Report on sanitation, dispensaries, and jails in Rajputana for 1911, and on vaccination for the year 1911-1912 - 1911-1912
Year: 1911
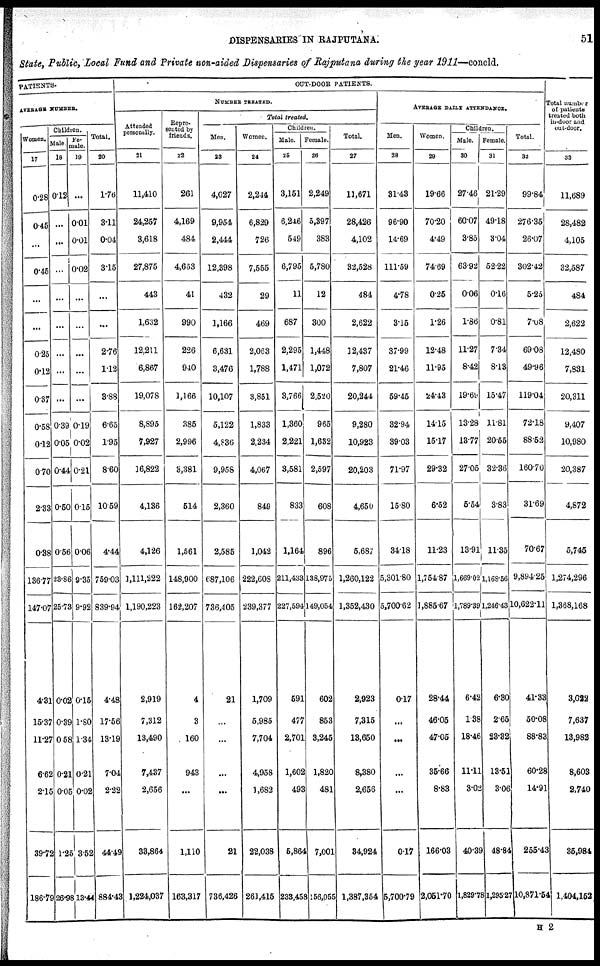
DISPENSARIES IN RAJPUTANA.
51
State, Public, Local Fund and Private non-aided Dispensaries of Rajputana during the year 1911—concld.
PATIENTS.
AVERAGE NUMBER.
Women.
17
0.28
0.45
...
0.45
...
...
0.25
0.12
0.37
0.58
0.12
0.70
2.33
0.38
136.77
147.07
4.31
15.37
11.27
6.62
2.15
39.72
186.79
Children.
Male.
18
0.12
...
...
...
...
...
...
...
0.39
0.05
0.44
0.50
0.56
23.86
25.73
0.02
0.39
0 58
0.21
0.05
1.25
26.98
Fe¬
male.
19
...
0.01
0.01
0.02
...
...
...
...
...
0.19
0.02
0.21
0.15
0.06
9.35
9.92
0.15
1.80
1.34
0.21
0.02
3.52
13.44
Total.
20
1.76
3.11
0.04
3.15
...
...
2.76
1.12
3.88
6.65
1.95
860
10.59
4.44
759.03
839.94
4.48
17.56
13.19
7.04
2.22
44.49
884.43
OUT-DOOR PATIENTS.
NUMBER TREATED.
Attended
personally.
21
11,410
24,257
3,618
27,875
443
1,632
12,211
6,867
19,078
8,895
7,927
16,822
4,136
4,126
1,111,222
1,190,223
2,919
7,312
13,490
7,437
2,656
33,864
1,224,037
Repre-
sented by
friends.
22
261
4,169
484
4,653
41
990
226
940
1,166
385
2,996
3,381
514
1,561
148,900
162,207
4
3
160
943
...
1,110
163,317
Total treated.
Men.
23
4,027
9,954
2,444
12,398
432
1,166
6,631
3,476
10,107
5,122
4,836
9,958
2,360
2,585
687,106
736,405
21
...
...
...
...
21
736,426
Women.
24
2,244
6,829
726
7,555
29
469
2,063
1,788
3,851
1,833
2,234
4,067
849
1,042
222,608
239,377
1,709
5,985
7,704
4,958
1,682
22,038
261,415
Children.
Male.
25
3,151
6,246
549
6,795
11
687
2,295
1,471
3,766
1,360
2,221
3,581
833
1,164
211,433
227,594
591
477
2,701
1,602
493
5,864
233,45
Female.
26
2,249
5,397
383
5,780
12
300
1,448
1,072
2,520
965
1,632
2,597
608
896
138,975
149,054
602
853
3,245
1,820
481
7,001
8 156,055
Total.
27
11,671
28,426
4,102
32,528
484
2,622
12,437
7,807
20,244
9,280
10,923
20,203
4,650
5,687
1,260,122
1,352,430
2,923
7,315
13,650
8,380
2,656
34,924
1,387,354
AVERAGE DAILY ATTENDANCE.
Men.
28
31.43
96.90
14.69
111.59
4.78
3.15
37.99
21.46
59.45
32.94
39.03
71.97
15.80
34.18
5,301.80
5,700.62
0.17
...
...
...
...
0.17
5,700.79
Women.
29
19.66
70.20
4.49
74.69
0.25
1.26
12.48
11.95
24.43
14.15
15.17
29.32
6.52
11.23
1,754.87
1,885.67
28.44
46.05
47.05
35.66
8.83
166.03
2,051.70
Child
ren.
Male.
30
27.46
60.07
3.85
63.92
0.06
1.86
11.27
8.42
19.69
13.28
13.77
27.05
5.54
13.91
1,669.02
1,789.39
6.42
1.38
18.46
11.11
3.02
40.39
1,829.78
Female.
31
21.29
49.18
3.04
52.22
0.16
0.81
7.34
8.13
15.47
11.81
20.55
32.36
3.83
11.35
1,168.56
1,246.43
6.30
2.65
23.32
13.51
3.06
48.84
1,295.27
Total.
32
99.84
276.35
26.07
302.42
5.25
7.08
69.08
49.96
119.04
72.18
88.52
160.70
31.69
70.67
9,894.25
10,622.11
41.33
50.08
88.83
60.28
14.91
255.43
10,871.54
Total number
of patients
treated both
in-door and
out-door.
33
11,689
28,482
4,105
32,587
484
2,622
12,480
7,831
20,311
9,407
10,980
20,387
4,872
5,745
1,274,296
1,368,168
3,022
7,637
13,982
8,603
2,740
35,984
1,401,152
H 2